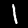
Digit: 1